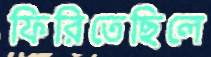
ফিরিতেছিলে